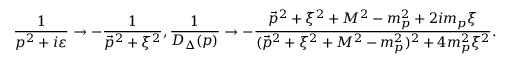
\frac { 1 } { p ^ { 2 } + i \varepsilon } \rightarrow - \frac { 1 } { \vec { p } ^ { 2 } + \xi ^ { 2 } } , \frac { 1 } { D _ { \Delta } ( p ) } \rightarrow - \frac { \vec { p } ^ { 2 } + \xi ^ { 2 } + M ^ { 2 } - m _ { p } ^ { 2 } + 2 i m _ { p } \xi } { ( \vec { p } ^ { 2 } + \xi ^ { 2 } + M ^ { 2 } - m _ { p } ^ { 2 } ) ^ { 2 } + 4 m _ { p } ^ { 2 } \xi ^ { 2 } } .